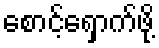
စောင့်ရှောက်ဖို့